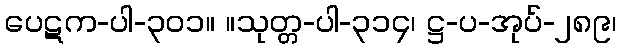
ပေဋက-ပါ-၃၀၁။ ။သုတ္တ-ပါ-၃၁၄၊ ဋ္ဌ-ပ-အုပ်-၂၈၉၊